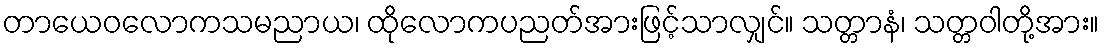
တာယေဝလောကသမညာယ၊ ထိုလောကပညတ်အားဖြင့်သာလျှင်။ သတ္တာနံ၊ သတ္တဝါတို့အား။